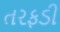
તરફડી